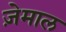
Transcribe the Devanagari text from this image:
ज़ेमाल